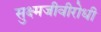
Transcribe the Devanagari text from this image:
सुक्ष्मजीवीरोधी